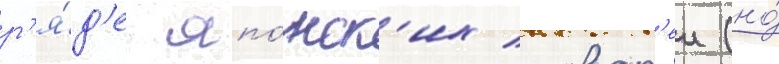
р'я́д'е япо́нск'их словар'еи (но́